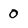
Character: 0